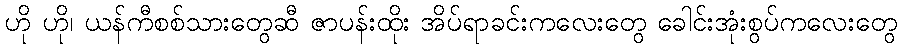
ဟို ဟို၊ ယန်ကီစစ်သားတွေဆီ ဇာပန်းထိုး အိပ်ရာခင်းကလေးတွေ ခေါင်းအုံးစွပ်ကလေးတွေ